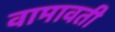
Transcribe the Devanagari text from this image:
वामावती